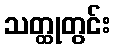
သတ္ထုတွင်း